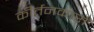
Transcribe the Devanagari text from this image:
कीर्तनकारों